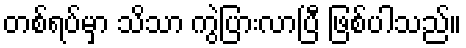
တစ်ရပ်မှာ သိသာ ကွဲပြားလာပြီ ဖြစ်ပါသည်။